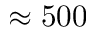
\approx 5 0 0